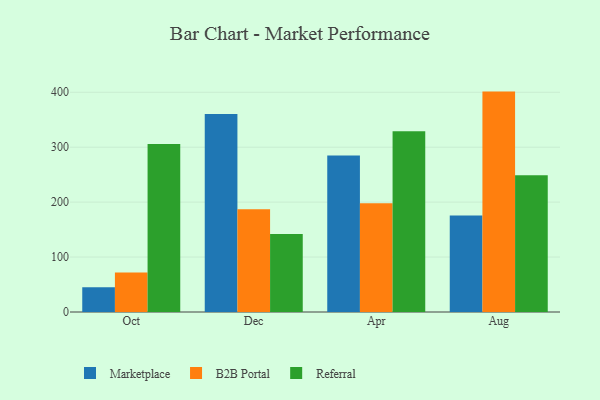
{"axis": {"x": "Month", "y": "Energy Usage (MWh)"}, "legend": ["B2B Portal", "Marketplace", "Referral"], "data": [{"x": "Oct", "y": 44.9, "type": "Marketplace"}, {"x": "Oct", "y": 72.0, "type": "B2B Portal"}, {"x": "Oct", "y": 305.9, "type": "Referral"}, {"x": "Dec", "y": 360.6, "type": "Marketplace"}, {"x": "Dec", "y": 187.0, "type": "B2B Portal"}, {"x": "Dec", "y": 142.0, "type": "Referral"}, {"x": "Apr", "y": 285.0, "type": "Marketplace"}, {"x": "Apr", "y": 198.1, "type": "B2B Portal"}, {"x": "Apr", "y": 328.9, "type": "Referral"}, {"x": "Aug", "y": 175.5, "type": "Marketplace"}, {"x": "Aug", "y": 401.2, "type": "B2B Portal"}, {"x": "Aug", "y": 248.9, "type": "Referral"}]}